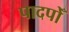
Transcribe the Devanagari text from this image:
पादपोँ